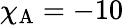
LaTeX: \chi_{\mathrm{A}}=-10